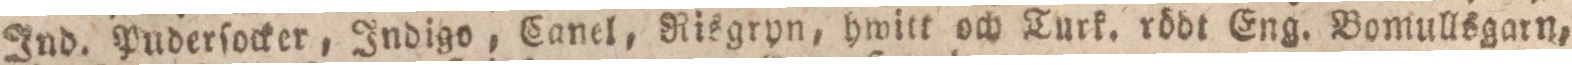
Ind. Puderſocker, Indigo, Canel, Risgryn, hwitt och Turk. rödt Eng. Bomullsgarn,